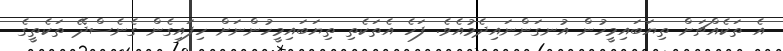
އެ ތަކެއްޗަށް ތިޔަބައިމީހުން އުނގަންނައިދެމުއެވެ. ފަހެ އެތަކެތި ތިޔަބައިމީހުންނަށް ހިފައިގެން ގެނެސްދޭ ތަކެތީގެ